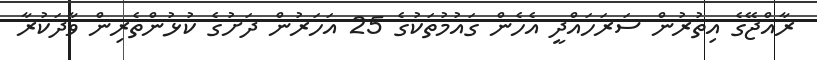
ރާއްޖޭގެ އިތުރުން ސަރަހައްދީ އެހެން ގައުމުތަކުގެ 25 އަހަރުން ދަށުގެ ކުޅުންތެރިން ވާދަކުރާ